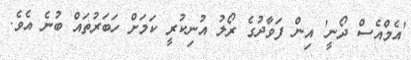
'އެމްއެސް ދޯނީ' އިން ފަވާދުގެ ރޯލު އުނިކުރީ ކަމަށް ހަބަރުތައް ބުނެ އެވެ.